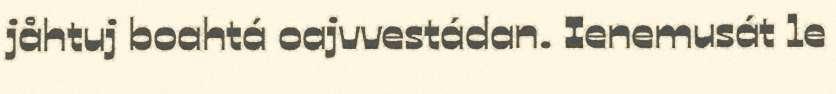
jåhtuj boahtá oajvvestádan. Ienemusát le